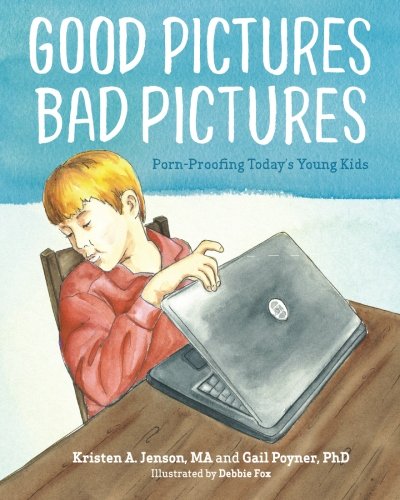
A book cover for Good Pictures Bad Pictures: Porn-Proofing Today's Young Kids; Kristen A. Jenson M.A.; Parenting & Relationships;